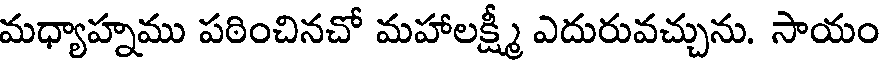
మధ్యాహ్నము పఠించినచో మహాలక్ష్మీ ఎదురువచ్చును. సాయం